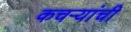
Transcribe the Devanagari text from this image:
कचऱ्यांची